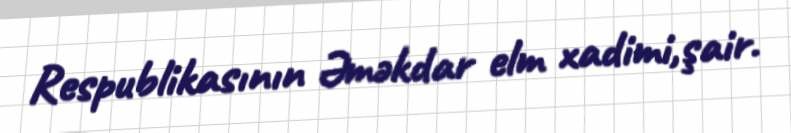
Respublikasının Əməkdar elm xadimi,şair.